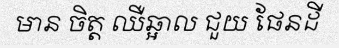
មាន ចិត្ត ឈឺឆ្អាល ជួយ ផែនដី